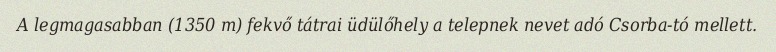
A legmagasabban (1350 m) fekvő tátrai üdülőhely a telepnek nevet adó Csorba-tó mellett.